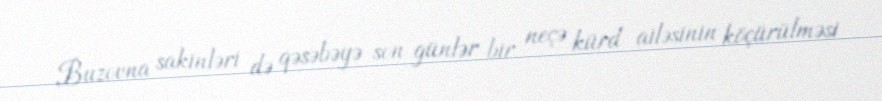
Buzovna sakinləri də qəsəbəyə son günlər bir neçə kürd ailəsinin köçürülməsi